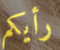
رأيكم